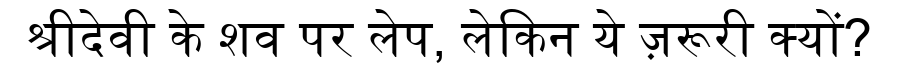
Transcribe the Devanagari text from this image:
श्रीदेवी के शव पर लेप, लेकिन ये ज़रूरी क्यों?